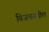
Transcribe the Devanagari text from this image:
बिजनसवील